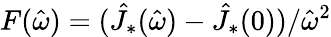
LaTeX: F(\hat{\omega})=(\hat{J}_{*}(\hat{\omega})-\hat{J}_{*}(0))/\hat{\omega}^{2}